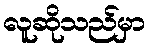
လူဆိုသည်မှာ